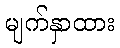
မျက်နှာထား